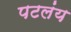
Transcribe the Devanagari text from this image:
पटलंय